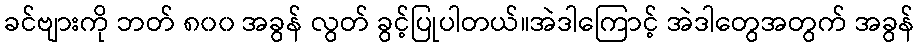
ခင်ဗျားကို ဘတ် ၈၀၀ အခွန် လွတ် ခွင့်ပြုပါတယ်။အဲဒါကြောင့် အဲဒါတွေအတွက် အခွန်